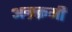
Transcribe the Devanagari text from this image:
अग्रक्रमी